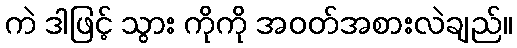
ကဲ ဒါဖြင့် သွား ကိုကို အဝတ်အစားလဲချည်။